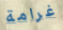
غرامة